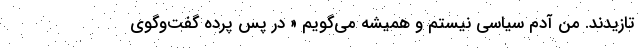
تازیدند. من آدم سیاسی نیستم و همیشه می‌گویم « در پس پرده گفت‌وگوی